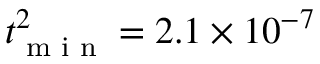
t _ { \textrm { m i n } } ^ { 2 } = 2 . 1 \times 1 0 ^ { - 7 }